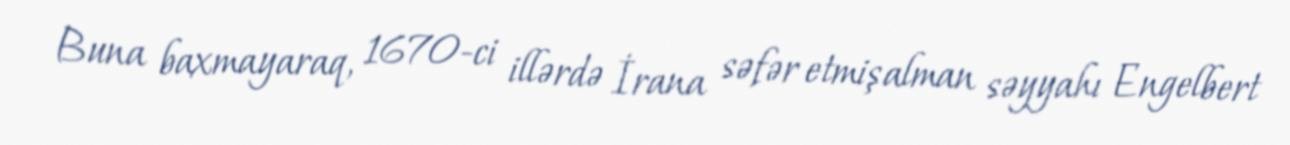
Buna baxmayaraq, 1670-ci illərdə İrana səfər etmiş alman səyyahı Engelbert